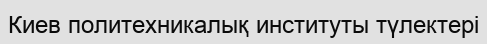
Киев политехникалық институты түлектері